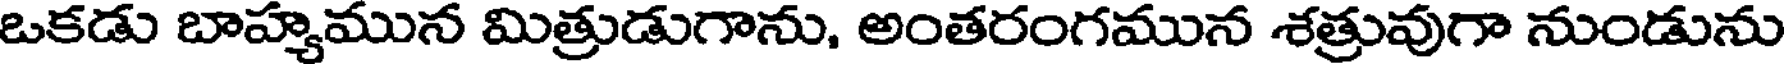
ఒకడు బాహ్యమున మిత్రుడుగాను, అంతరంగమున శత్రువుగా నుండును